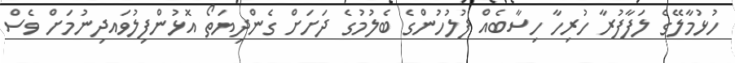
ހުޅުމާލޭގެ ލަފާފުރާ ހުރިހާ ހިސާބެއް ފުލުހުންގެ ބެލުމުގެ ދަށަށް ގެންދިޔަތޯ އޮޅުންފިލުވައދިނުމަށް ވެސް